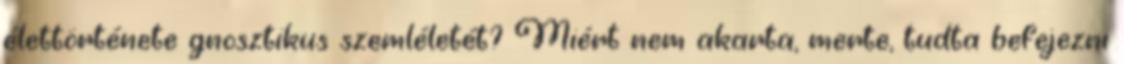
élettörténete gnosztikus szemléletét? Miért nem akarta, merte, tudta befejezni